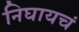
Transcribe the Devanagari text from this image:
निघायचं